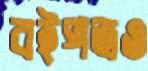
বইপত্রও